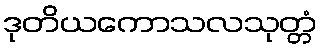
ဒုတိယကောသလသုတ္တံ